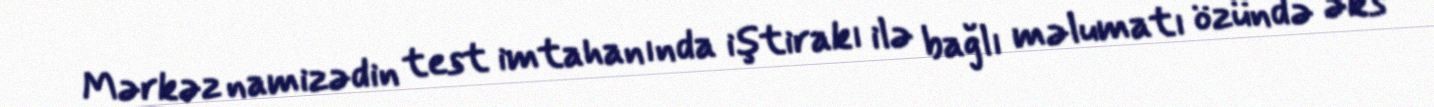
Mərkəz namizədin test imtahanında iştirakı ilə bağlı məlumatı özündə əks